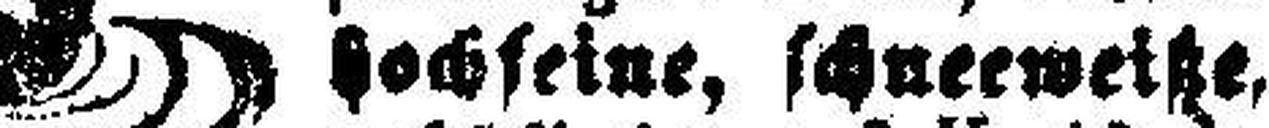
hochfeine, schneeweiße,